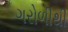
ગરોળીથી